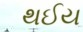
થઈય